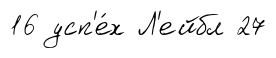
16 усп'е́х Л'ейбл 27